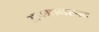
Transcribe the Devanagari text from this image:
अपमानस्पद